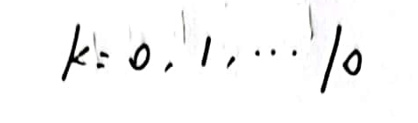
\[
k = 0, 1, \cdots, 10
\]